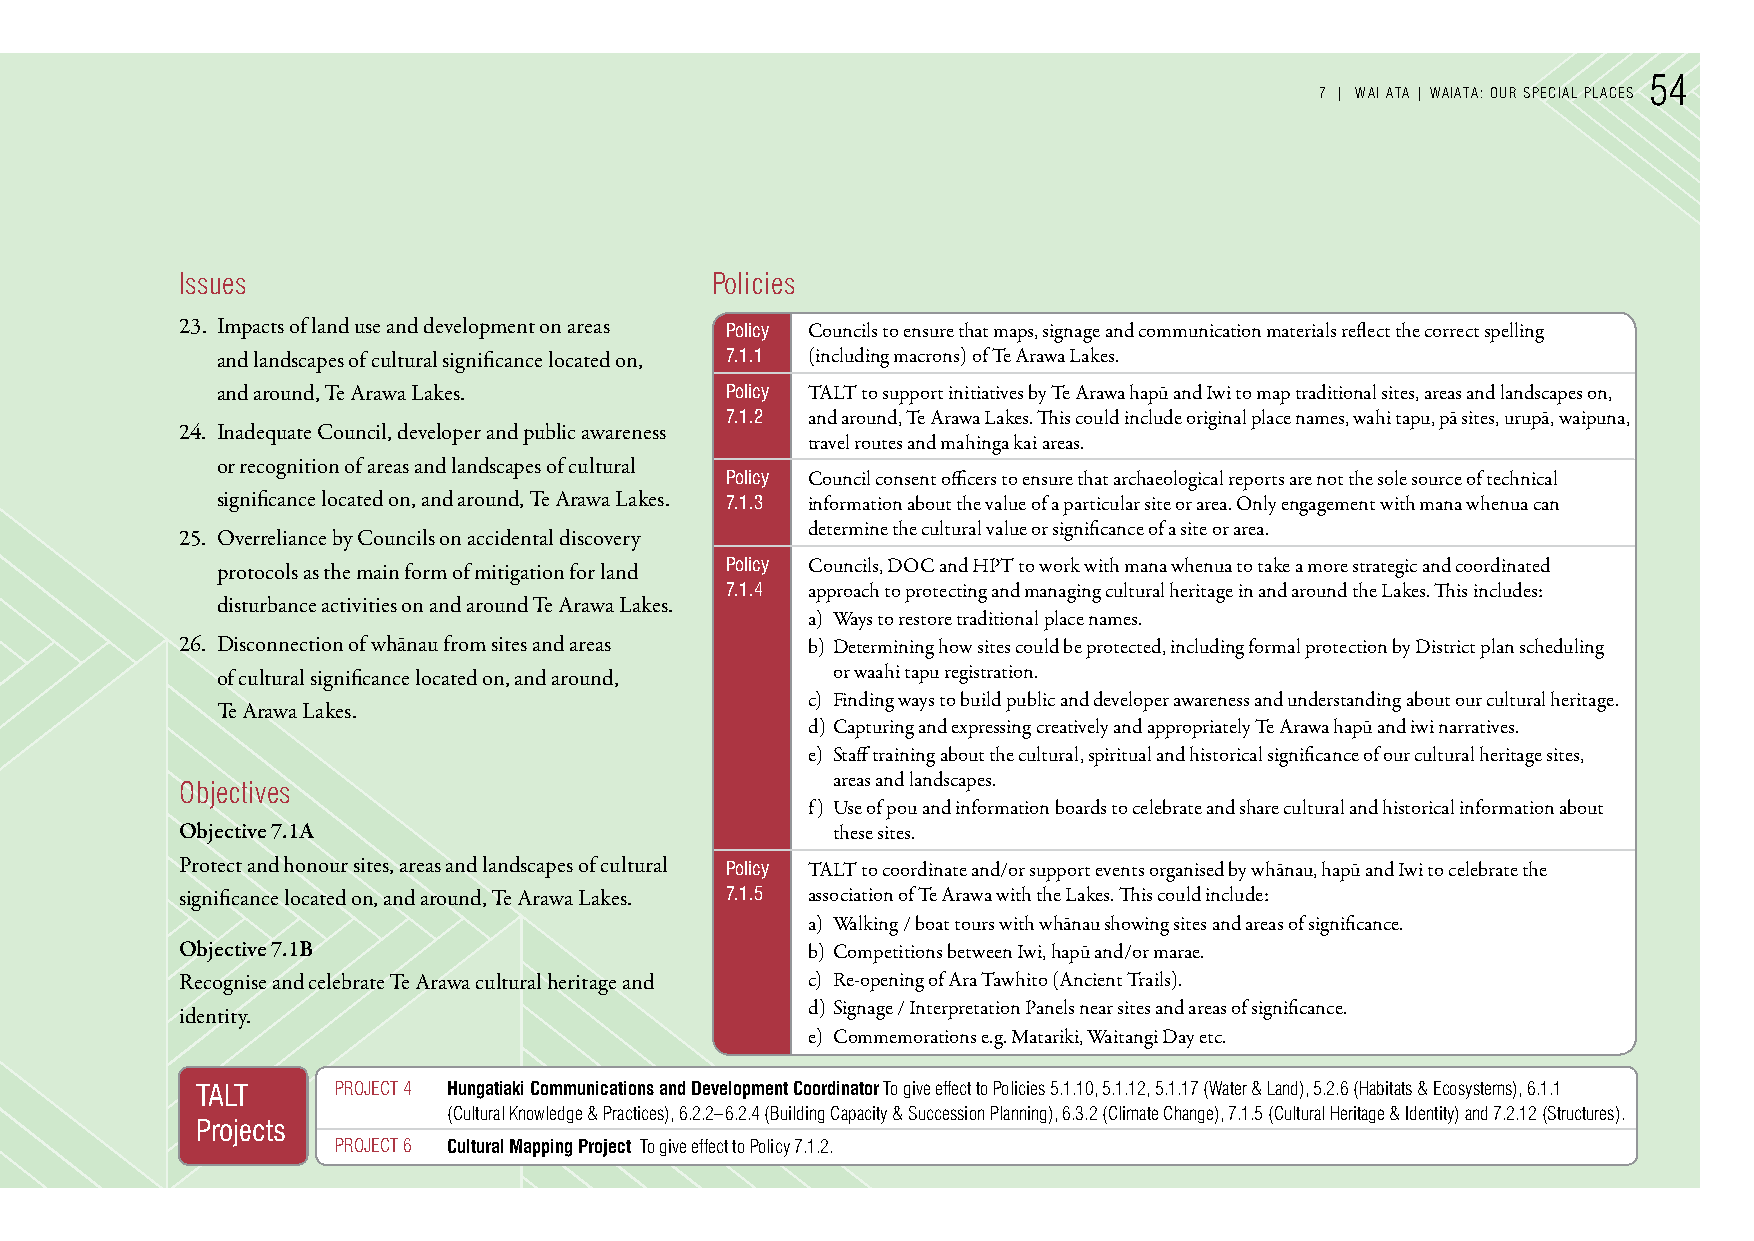
54
 7 | WAI ATA | WAIATA: our sPeCIAL PLACes
 Issues                             Policies
 23. Impacts of land use and development on areas Policy Councils to ensure that maps, signage and communication materials reflect the correct spelling
 and landscapes of cultural significance located on, 7.1.1 (including macrons) of Te Arawa Lakes.
 and around, Te Arawa Lakes.       Policy TALT to support initiatives by Te Arawa hapū and Iwi to map traditional sites, areas and landscapes on,
 7.1.2 and around, Te Arawa Lakes. This could include original place names, wahi tapu, pā sites, urupā, waipuna,
 24. Inadequate Council, developer and public awareness
 travel routes and mahinga kai areas.
 or recognition of areas and landscapes of cultural
 Policy Council consent officers to ensure that archaeological reports are not the sole source of technical
 significance located on, and around, Te Arawa Lakes. 7.1.3 information about the value of a particular site or area. Only engagement with mana whenua can
 determine the cultural value or significance of a site or area.
 25. Overreliance by Councils on accidental discovery
 protocols as the main form of mitigation for land Policy Councils, DOC and HPT to work with mana whenua to take a more strategic and coordinated
 7.1.4 approach to protecting and managing cultural heritage in and around the Lakes. This includes:
 disturbance activities on and around Te Arawa Lakes.
 a) Ways to restore traditional place names.
 26. Disconnection of whānau from sites and areas b) Determining how sites could be protected, including formal protection by District plan scheduling
 of cultural significance located on, and around, or waahi tapu registration.
 c) Finding ways to build public and developer awareness and understanding about our cultural heritage.
 Te Arawa Lakes.
 d) Capturing and expressing creatively and appropriately Te Arawa hapū and iwi narratives.
 e) Staff training about the cultural, spiritual and historical significance of our cultural heritage sites,
 areas and landscapes.
 objectives
 f) Use of pou and information boards to celebrate and share cultural and historical information about
 Objective 7.1A                             these sites.
 Protect and honour sites, areas and landscapes of cultural Policy TALT to coordinate and/or support events organised by whānau, hapū and Iwi to celebrate the
 significance located on, and around, Te Arawa Lakes. 7.1.5 association of Te Arawa with the Lakes. This could include:
 a) Walking / boat tours with whānau showing sites and areas of significance.
 Objective 7.1B                           b) Competitions between Iwi, hapū and/or marae.
 Recognise and celebrate Te Arawa cultural heritage and c) Re-opening of Ara Tawhito (Ancient Trails).
 d) Signage / Interpretation Panels near sites and areas of significance.
 identity.
 e) Commemorations e.g. Matariki, Waitangi Day etc.
 TALT     ProJeCT 4 Hungatiaki Communications and Development Coordinator To give effect to Policies 5.1.10, 5.1.12, 5.1.17 (Water & Land), 5.2.6 (Habitats & ecosystems), 6.1.1
 (Cultural knowledge & Practices), 6.2.2–6.2.4 (Building Capacity & succession Planning), 6.3.2 (Climate Change), 7.1.5 (Cultural Heritage & Identity) and 7.2.12 (structures).
 Projects
 ProJeCT 6 Cultural Mapping Project To give effect to Policy 7.1.2.